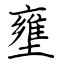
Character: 壅